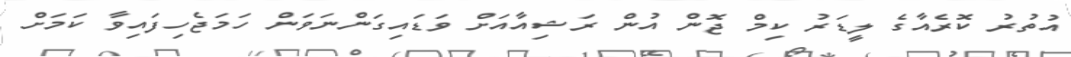
އުތުރު ކޮރެއާގެ ލީޑަރު ކިމް ޖޮން އުން ރަޝިއާއަށް ވަޑައިގަންނަވަން ހަމަޖެހިފައިވާ ކަމަށް